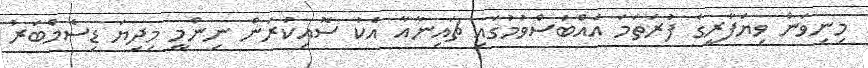
މިނިވަން ވިޔަފާރީގެ ފުރަތަމަ އެއްބަސްވުމުގައި ޗައިނާއާ އެކު ސޮއިކުރަން ނިންމީ މިދިޔަ ޑިސެމްބަރު